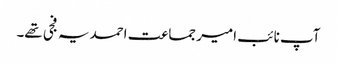
آپ نائب امیر جماعت احمدیہ فجی تھے۔